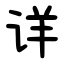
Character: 详